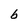
Character: b